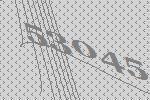
53045